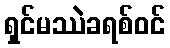
ရှင်မဿဲခရစ်ဝင်